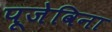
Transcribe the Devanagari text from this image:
पूजेविना